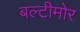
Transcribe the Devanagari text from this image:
बल्टीमोर